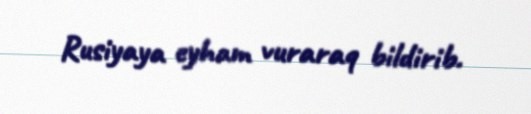
Rusiyaya eyham vuraraq bildirib.